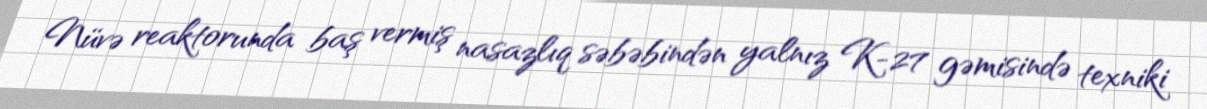
Nüvə reaktorunda baş vermiş nasazlıq səbəbindən yalnız K-27 gəmisində texniki